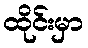
ထိုင်းမှာ